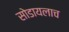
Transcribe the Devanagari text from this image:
सोडायलाच